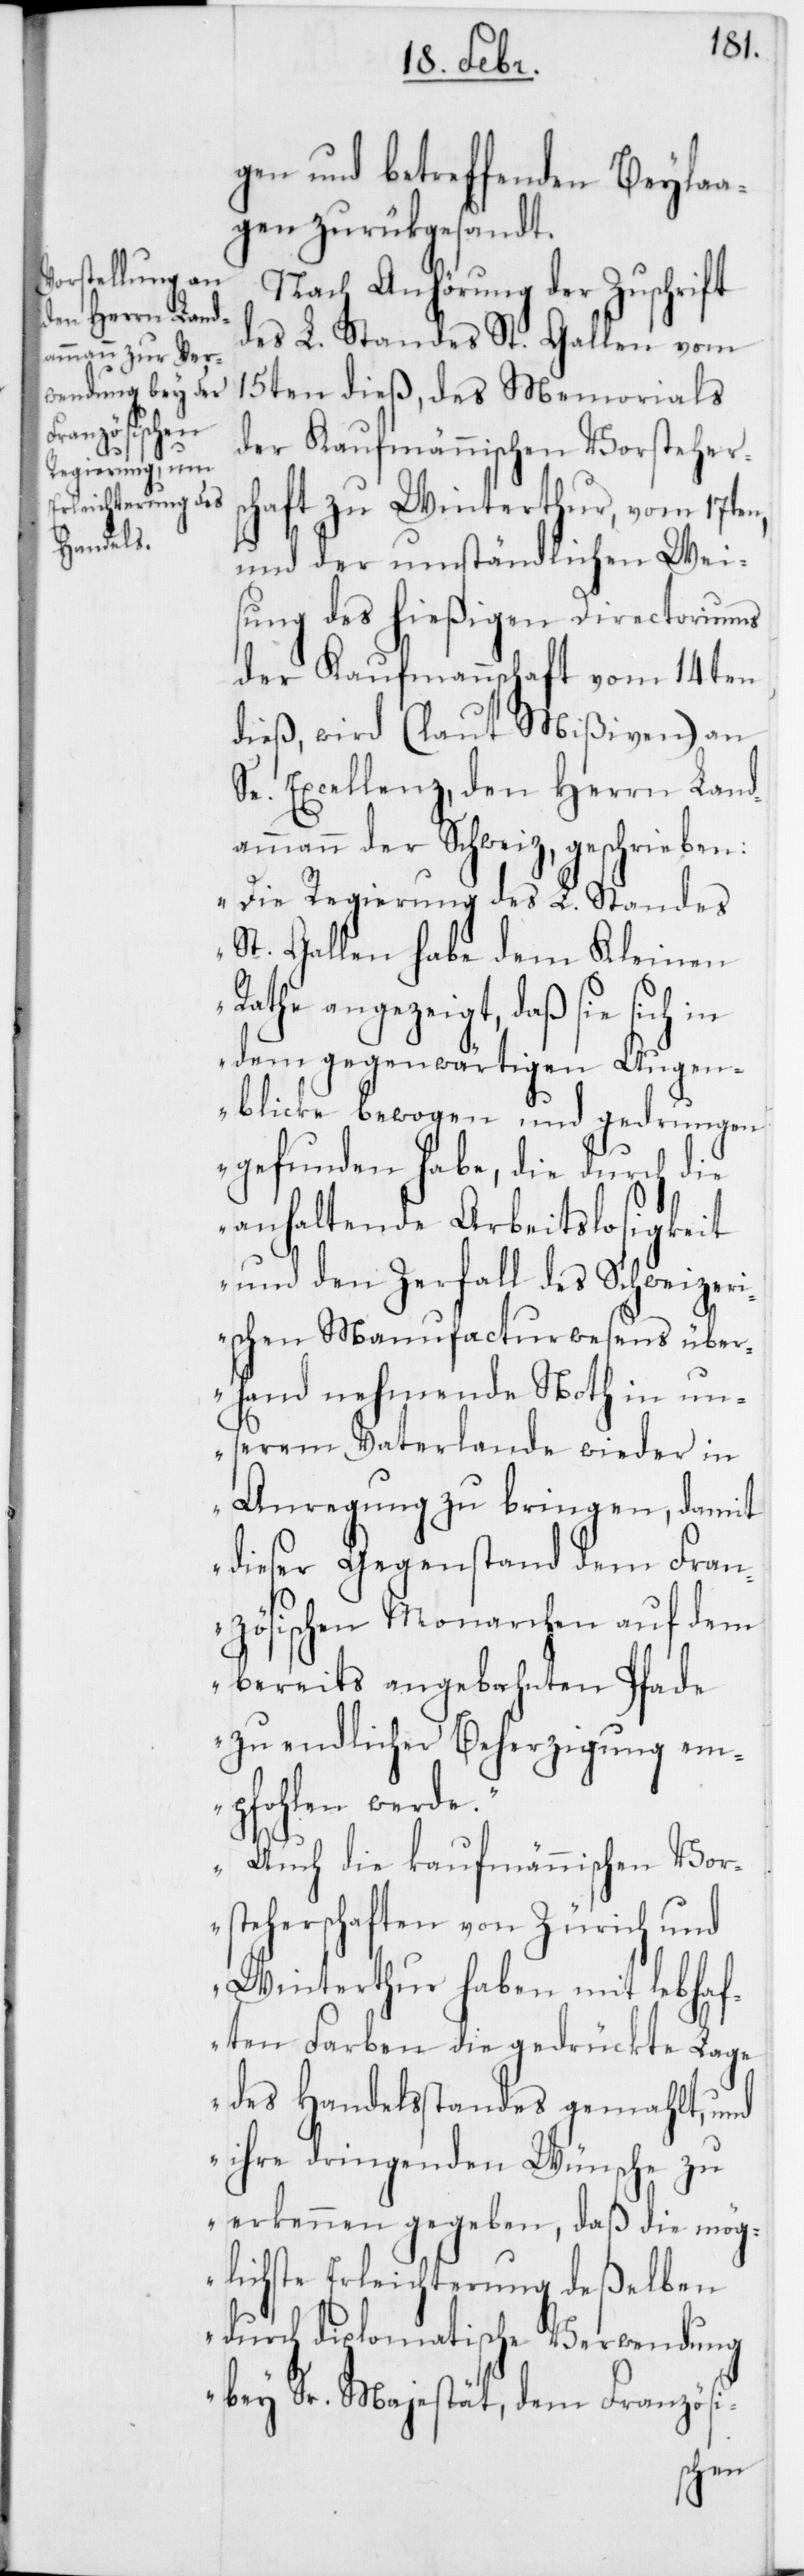
gen und betreffenden Beylaa¬
gen zurükgesandt.
Nach Anhörung der Zuschrift
des L. Standes St. Gallen vom
15ten dieß, des Memorials
der Kaufmännischen Vorstehers¬
chaft zu Winterthur, vom 17ten,
und der umständlichen Wei¬
sung des hießigen Directoriums
der Kaufmannschaft vom 14ten
dieß, wird (laut Mißiven) an
Se. Excellenz, den Herrn Land¬
ammann der Schweiz, geschrieben:
„Die Regierung des L. Standes
St. Gallen habe dem Kleinen
Rathe angezeigt, daß sie sich in
dem gegenwärtigen Augen¬
blicke bewogen und gedrungen
gefunden habe, die durch die
anhaltende Arbeitslosigkeit
und den Zerfall des Schweizer¬
ischen Manufacturwesens über¬
hand nehmende Noth in un¬
serem Vaterlande wieder in
Anregung zu bringen, damit
dieser Gegenstand dem Fran¬
zösischen Monarchen auf dem
bereits angebahnten Pfade
zu endlicher Beherzigung em¬
pfohlen werde.
Auch die kaufmännischen Vor¬
steherschaften von Zürich und
Winterthur haben mit lebhaf¬
ten Farben die gedrückte Lage
des Handelsstandes gemahlt, und
ihre dringenden Wünsche zu
erkennen gegeben, daß die mög¬
lichste Erleichterung deßelben
durch diplomatische Verwendung
bey Sr. Majestät, dem Französi-